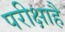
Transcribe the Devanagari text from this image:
परीक्षाहै